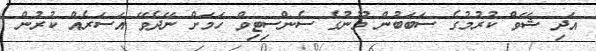
އަދި ޝޭވް ކުރުމުގެ ސަބަބުން މޫނުގެ ސެންސިޓިވް ހަމަށް ނޭދެވޭ އަސަރެއް ކުރުން